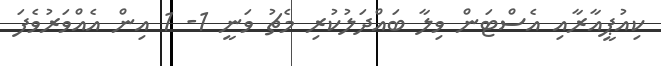
ކިއުޕީއާރާއި އެސްޓަން ވިލާ ބައްދަލުކުރި މެޗު ވަނީ 1- 1 އިން އެއްވަރުވެފަ